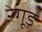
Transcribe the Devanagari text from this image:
रेगूड़